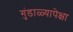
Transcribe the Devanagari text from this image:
गुंडाळ्यापेक्षा